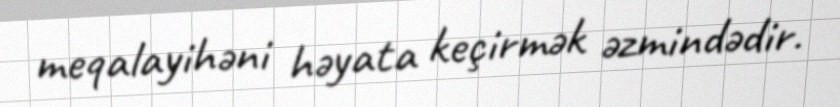
meqalayihəni həyata keçirmək əzmindədir.